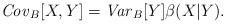
LaTeX: \begin{align*}\textrm{\emph{Cov}}_{B}[X,Y] =\textrm{\emph{Var}}_{B}[Y]\beta(X|Y).\end{align*}